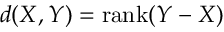
d ( X , Y ) = \mathrm { r a n k } ( Y - X )